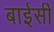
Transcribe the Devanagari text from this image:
बाईसी